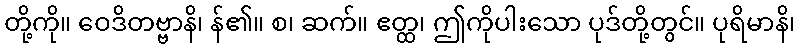
တို့ကို။ ဝေဒိတဗ္ဗာနိ၊ န်၏။ စ၊ ဆက်။ ဧတ္ထ၊ ဤကိုပါးသော ပုဒ်တို့တွင်။ ပုရိမာနိ၊